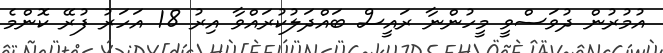
އުމުރުން ދުވަސްވީ މީހުންނާ ރައީސް ބައްދަލުކުރައްވާ އިރު 18 އަހަރު ފުރޭ ކޮންމެ